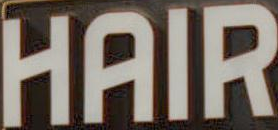
HAIR